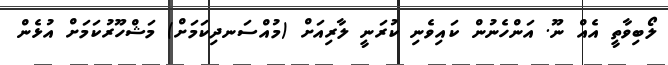
ލޯބިވާތީ އެއް ނޫ. އަންހެނުން ކައިވެނި ކުރަނީ ލާރިއަށް (މުއްސަނދިކަމަށް) މަޝްހޫރުކަމަށް އުޅެން